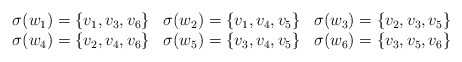
\begin{align*}\begin{array}{lll}\sigma(w_1) = \{ v_1, v_3, v_6 \} & \sigma(w_2) = \{ v_1, v_4, v_5 \} & \sigma(w_3) = \{ v_2, v_3, v_5 \} \\\sigma(w_4) = \{ v_2, v_4, v_6 \} & \sigma(w_5) = \{ v_3, v_4, v_5 \} & \sigma(w_6) = \{ v_3, v_5, v_6 \}\end{array}\end{align*}